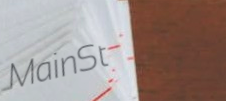
MainSt